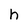
Character: h